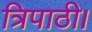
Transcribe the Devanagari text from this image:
त्रिपाठी।